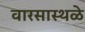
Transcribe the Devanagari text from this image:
वारसास्थळे